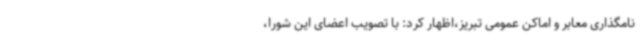
نامگذاری معابر و اماکن عمومی تبریز،اظهار کرد: با تصویب اعضای این شورا،